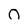
Character: O